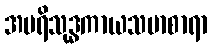
အပရိသုဒ္ဓကာယသမာစာရာ